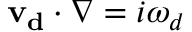
\mathbf { v _ { d } } \cdot \nabla = i \omega _ { d }